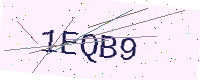
Text: 1EQB9